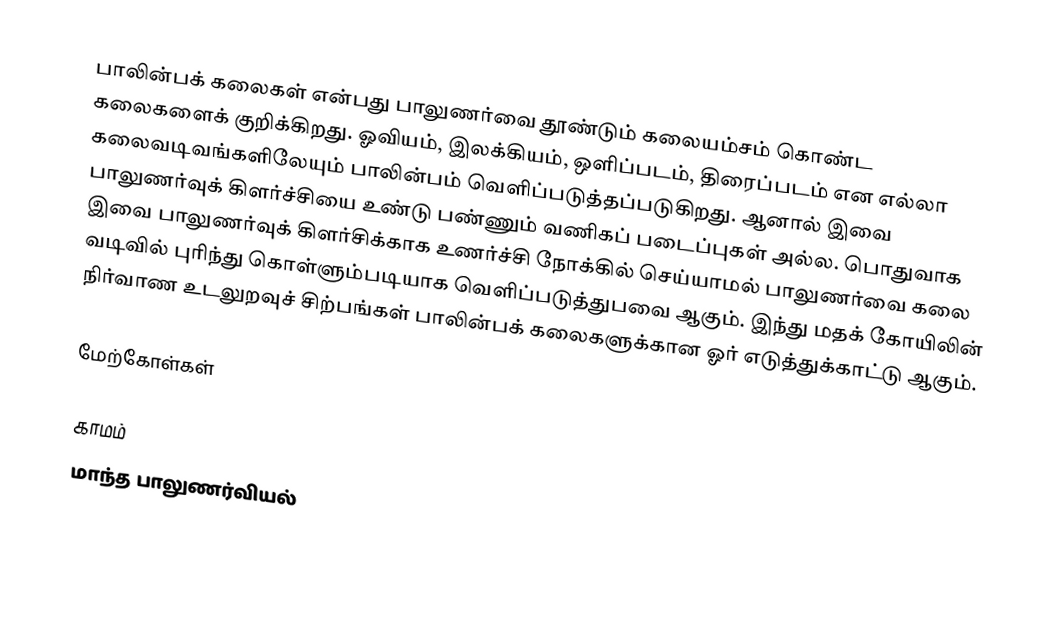
பாலின்பக் கலைகள் என்பது பாலுணர்வை தூண்டும் கலையம்சம் கொண்ட கலைகளைக் குறிக்கிறது.  ஓவியம், இலக்கியம், ஒளிப்படம், திரைப்படம் என எல்லா கலைவடிவங்களிலேயும் பாலின்பம் வெளிப்படுத்தப்படுகிறது. ஆனால் இவை பாலுணர்வுக் கிளர்ச்சியை உண்டு பண்ணும் வணிகப் படைப்புகள் அல்ல. பொதுவாக இவை பாலுணர்வுக் கிளர்சிக்காக உணர்ச்சி நோக்கில் செய்யாமல் பாலுணர்வை கலை வடிவில் புரிந்து கொள்ளும்படியாக வெளிப்படுத்துபவை ஆகும். இந்து மதக் கோயிலின் நிர்வாண உடலுறவுச் சிற்பங்கள் பாலின்பக் கலைகளுக்கான ஓர் எடுத்துக்காட்டு ஆகும்.

மேற்கோள்கள்

காமம்
மாந்த பாலுணர்வியல்